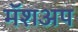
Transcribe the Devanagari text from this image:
मॅशअप